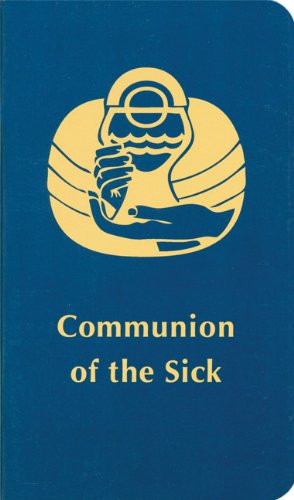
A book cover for Communion of the Sick; Various; Christian Books & Bibles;